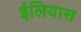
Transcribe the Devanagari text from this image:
ईलियास